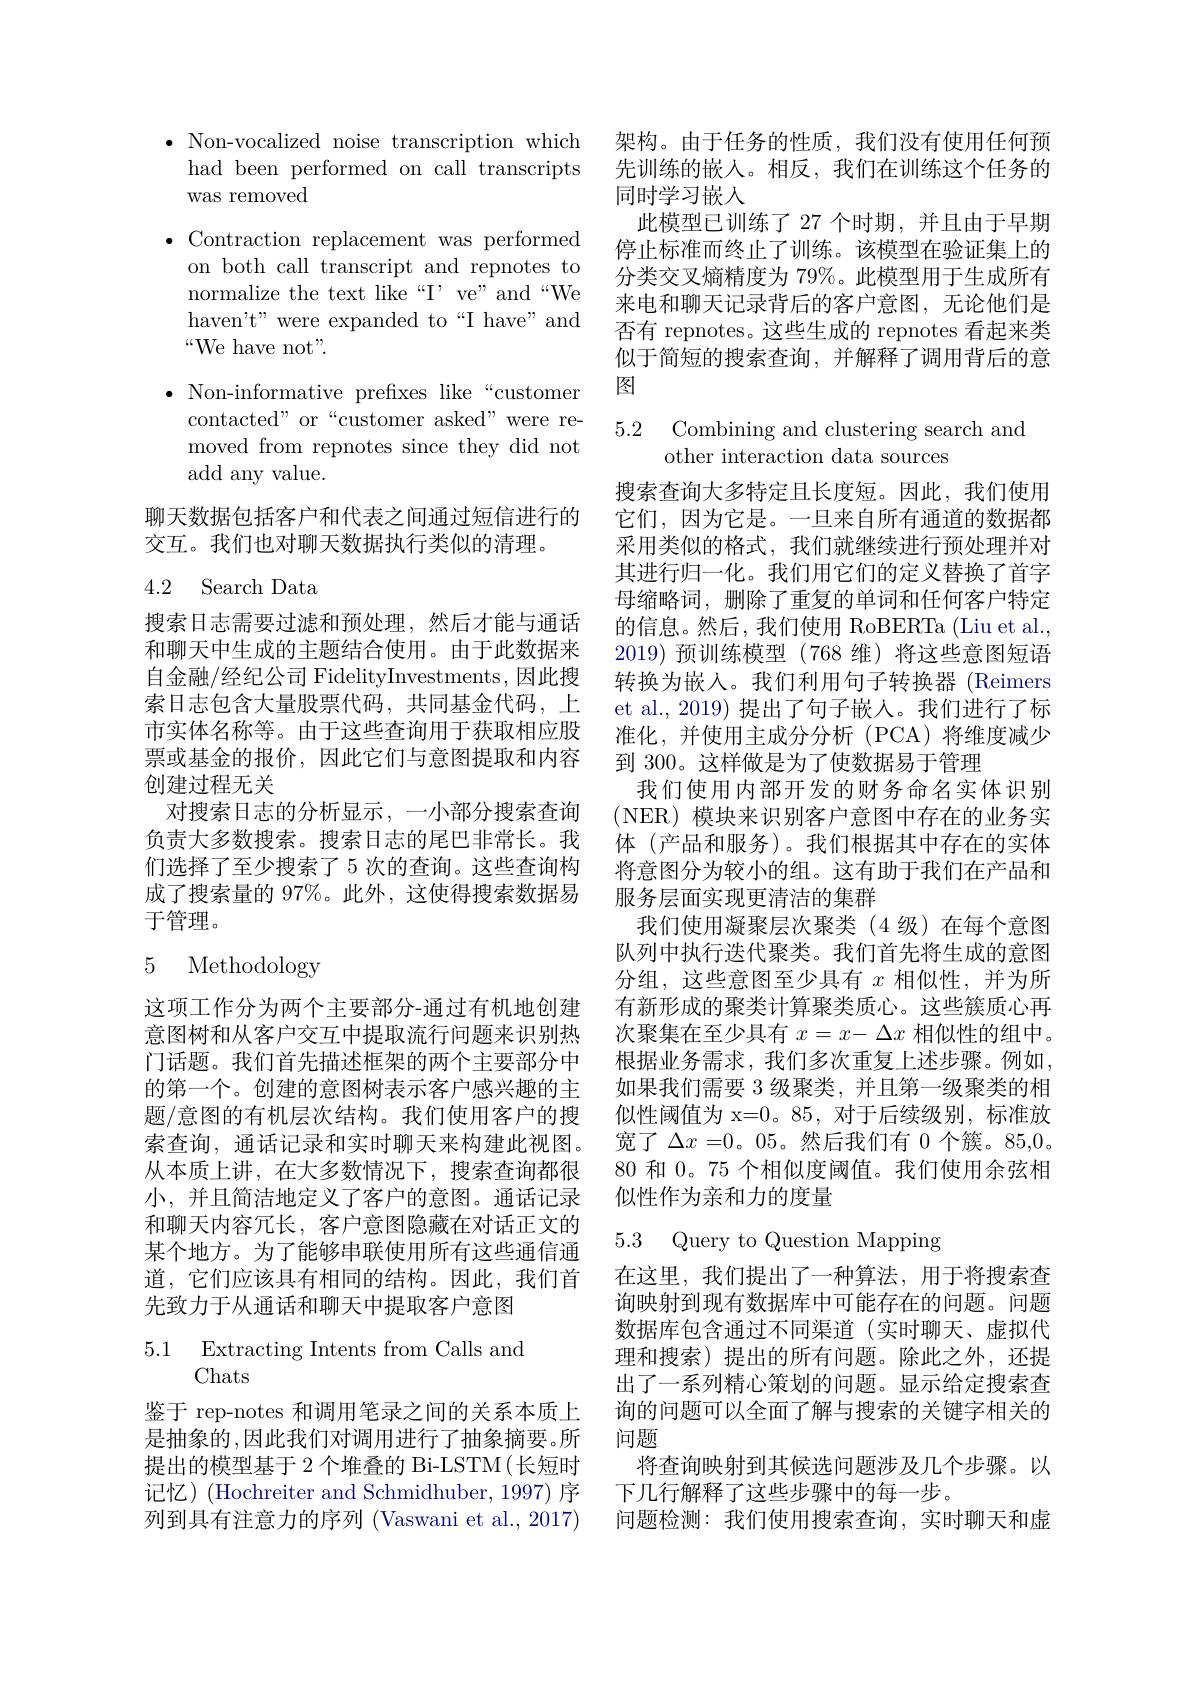
· Non-vocalized noise transcription which 架构。由于任务的性质，我们没有使用任何预
had been performed on call transcripts
was removed

$\bullet$ Contraction replacement was performed
on both call transcript and repnotes to normalize the text like“I’ve”and“We haven't" were expanded to“I have” and “We have not".
$\bullet$ Non-informative prefixes like“customer
contacted" or“customer asked” were removed from repnotes since they did not add any value.
聊天数据包括客户和代表之间通过短信进行的

交互。我们也对聊天数据执行类似的清理。

## 4.2 Search Data

搜索日志需要过滤和预处理，然后才能与通话和聊天中生成的主题结合使用。由于此数据来自金融/经纪公司 FidelityInvestments, 因此搜索日志包含大量股票代码，共同基金代码，上市实体名称等。由于这些查询用于获取相应股票或基金的报价，因此它们与意图提取和内容创建过程无关
对搜索日志的分析显示，一小部分搜索查询负责大多数搜索。搜索日志的尾巴非常长。我们选择了至少搜索了 5 次的查询。这些查询构成了搜索量的 97%。此外，这使得搜索数据易于管理。

# 5 Methodology

这项工作分为两个主要部分-通过有机地创建意图树和从客户交互中提取流行问题来识别热门话题。我们首先描述框架的两个主要部分中的第一个。创建的意图树表示客户感兴趣的主题/意图的有机层次结构。我们使用客户的搜索查询，通话记录和实时聊天来构建此视图。从本质上讲，在大多数情况下，搜索查询都很小，并且简洁地定义了客户的意图。通话记录和聊天内容冗长，客户意图隐藏在对话正文的某个地方。为了能够串联使用所有这些通信通道，它们应该具有相同的结构。因此，我们首先致力于从通话和聊天中提取客户意图

# $\begin{array}{ll}{5.1}&{{\mathrm{Extracting~Intents~from~Calls~and}}}\\{{\mathrm{Chats}}}\end{array}$

鉴于 rep-notes 和调用笔录之间的关系本质上列到具有注意力的序列 (Vaswani et al., 2017)

先训练的嵌入。相反，我们在训练这个任务的
同时学习嵌入
此模型已训练了 27 个时期，并且由于早期停止标准而终止了训练。该模型在验证集上的分类交叉熵精度为 79%。此模型用于生成所有来电和聊天记录背后的客户意图，无论他们是否有 repnotes。这些生成的 repnotes 看起来类似于简短的搜索查询，并解释了调用背后的意图

### 5.2 Combining and clustering search and other interaction data sources

搜索查询大多特定且长度短。因此，我们使用它们，因为它是。一旦来自所有通道的数据都采用类似的格式，我们就继续进行预处理并对其进行归一化。我们用它们的定义替换了首字母缩略词，删除了重复的单词和任何客户特定的信息。然后，我们使用 RoBERTa (Liu et al., 2019)预训练模型(768 维)将这些意图短语转换为嵌入。我们利用句子转换器 (Reimers et al., 2019) 提出了句子嵌人。我们进行了标准化，并使用主成分分析(PCA)将维度减少到 300。这样做是为了使数据易于管理
我们使用内部开发的财务命名实体识别(NER)模块来识别客户意图中存在的业务实体 (产品和服务)。我们根据其中存在的实体将意图分为较小的组。这有助于我们在产品和服务层面实现更清洁的集群
我们使用凝聚层次聚类(4 级)在每个意图队列中执行迭代聚类。我们首先将生成的意图分组，这些意图至少具有$x$相似性，并为所有新形成的聚类计算聚类质心。这些簇质心再次聚集在至少具有$x=x-\Delta x$相似性的组中。根据业务需求，我们多次重复上述步骤。例如， 如果我们需要 3 级聚类，并且第一级聚类的相似性阈值为 x=0。85,对于后续级别，标准放宽了$\Delta x=0$。05。然后我们有 0 个簇。85,0。80 和0。75 个相似度阈值。我们使用余弦相似性作为亲和力的度量

5.3 Query to Question Mapping

在这里，我们提出了一种算法，用于将搜索查询映射到现有数据库中可能存在的问题。问题数据库包含通过不同渠道(实时聊天、虚拟代理和搜索)提出的所有问题。除此之外，还提出了一系列精心策划的问题。显示给定搜索查询的问题可以全面了解与搜索的关键字相关的
是抽象的，因此我们对调用进行了抽象摘要。所 问题
提出的模型基于 2 个堆叠的 Bi-LSTM(长短时 将查询映射到其候选问题涉及几个步骤。以
记忆)(Hochreiter and Schmidhuber, 1997) 序   下几行解释了这些步骤中的每一步。
问题检测：我们使用搜索查询，实时聊天和虚